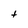
Character: t